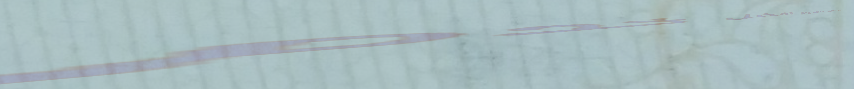
نحن نلتزم بتقديم أفضل خدم